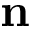
\textbf { n }